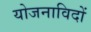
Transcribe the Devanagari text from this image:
योजनाविदों